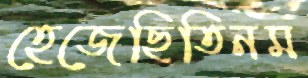
হেজেছিতিনম